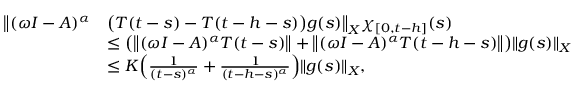
\begin{array} { r l } { \big \| ( \omega I - A ) ^ { \alpha } } & { \big ( T ( t - s ) - T ( t - h - s ) \big ) g ( s ) \big \| _ { X } \chi _ { [ 0 , t - h ] } ( s ) } \\ & { \leq \big ( \big \| ( \omega I - A ) ^ { \alpha } T ( t - s ) \big \| + \big \| ( \omega I - A ) ^ { \alpha } T ( t - h - s ) \big \| \big ) \| g ( s ) \| _ { X } } \\ & { \leq K \Big ( \frac { 1 } { ( t - s ) ^ { \alpha } } + \frac { 1 } { ( t - h - s ) ^ { \alpha } } \Big ) \| g ( s ) \| _ { X } , } \end{array}